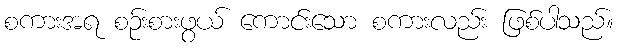
စကားအရ စဉ်းစားဖွယ် ကောင်းသော စကားလည်း ဖြစ်ပါသည်။